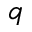
q